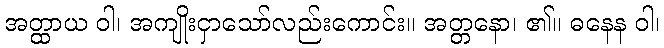
အတ္ထာယ ဝါ၊ အကျိုးငှာသော်လည်းကောင်း။ အတ္တနော၊ ၏။ ဓနေန ဝါ၊